Vana-Antsla_vallavalitsus, lk 26
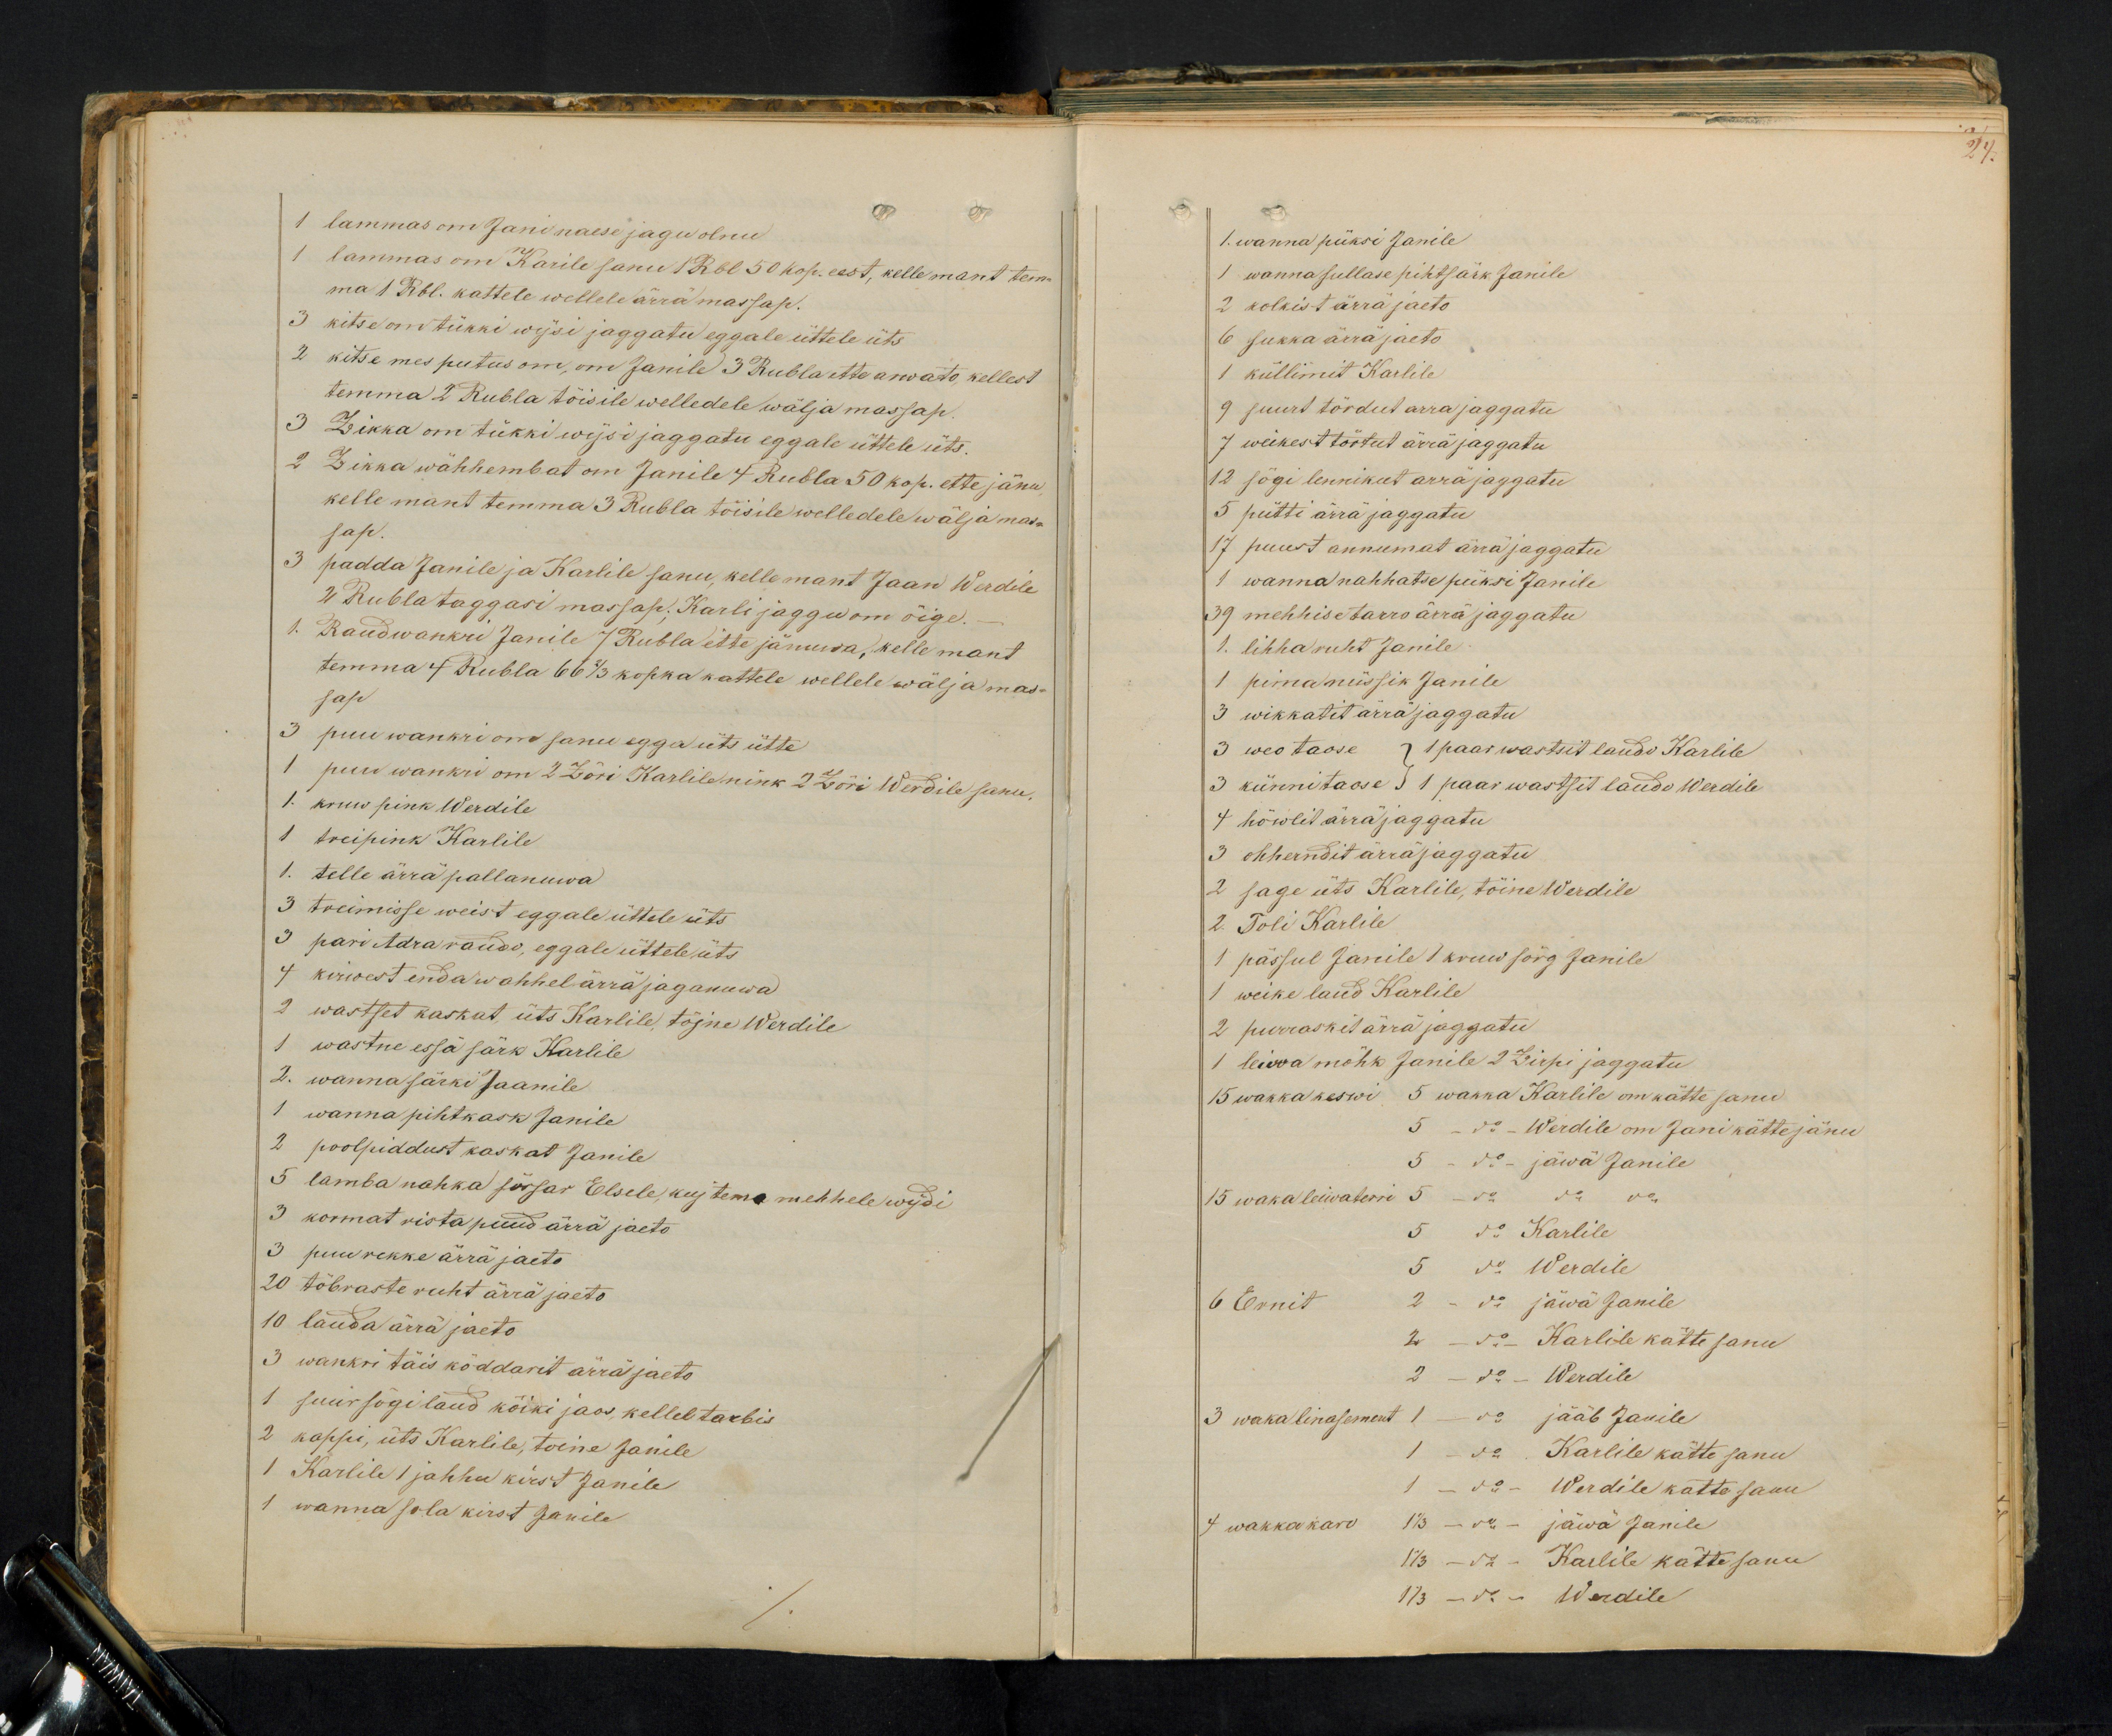
1 lammas on Jani naese jagu olnu
1 lammas on Karile sanu 1 Rbl 50 kop. eest, kelle mant tem-
ma 1 Rbl. kattele wellele ärra massap.
3 kitse on tükki wijsi jaggate eggale üttele üts
2 kitse mes putus om, on Janile 3 Rublastte arwato kellest
temma 2 Rubla tõisile welledele wälja massap.
3 Zikka om tükki wijsi jaggatu eggale üttele üts.
2 Zikka wähhembat on Janile 4 Rubla 50 kop. ette jänu
kelle mant temma 3 Rubla töisile welledele wälja mas-
sap.
3 padda Janile ja Karlile sanu, kelle mant Jaan Werdile
2 Rubla taggasi massap; Karli jaggu om õige.
Raudwankri Janile 7 Rubla ette jänuwa, kelle mant
temma 4 Rubla 66 2/3 kopka kattele wellele wälja mas-
sap
3 puu wankri om sanu egga üts ütte
1 puu wankri on 2 Zöri Karlile nink 2 Zöri Werdile sanu,
1. kruw pink Werdile
1 treipink Karlile
1. telle ärra pallanuwa
3 treimisse weist eggale üttele üts
3 pari Adra raudo, eggale üttele üts
4 kirwest enda wahhel ärrä jaganuwa
2 wastset kaskat, üts Karlile, tõjne Werdile
1 wastne essä särk Karlile
2. wanna särki Jaanile
1 wanna pihtkask Janile
2 poolpiddust kaskat Janile
3 kormat ristapuud ärra jaeto.
5 lamba nahka sõssar Elsele, kuj tema mehhele wijdi
3 puu rekke ärra jaeto
20 tõbraste ruht ärra jaeto.
10 lauda ärra jaeto
3 wankri täis köddarit ärra jaeto
1 suur sõgilaud kõiki jaos, kelleb tarbis
2 kappi, üts Karlile, toine Janile
1 Karlile 1 jahhu kirst Janile
1 wanna sola kirst Janile

24.
1. wanna püksi Janile
1 wanna sullase pihtsärk Janile
2 kolkist ärrä jaeto.
6 sukka ärrä jaeto
1 küllimit Karlile
9 suurt tõrdut arra jaggatu
7 weikest tõrtut ärrä jaggatu
12 sögi lennikut arrä jaggate
5 pütti ärrä jaggatu
17 puust annumat ärrä jaggatu
1 wanna nahhatse püksi Janile
39 mehhise tarro ärra jaggatu
1. lihha ruht Janile.
1 pimamüssik Janile
3 wikkatit ärrä jaggatu
3 weotaose 1 paar wastsit laudo Karlile
3 künnitaose 1 paar wastsit laudo Werdile
4 höwlit ärrä jaggatu
3 ohhendit ärra jaggatu.
2 sage üts Karlile, töine Werdile
2. Toli Karlile
1 pässul Janile 1 kruw sõrg Janile
1 weike laud Karlile
2 purraskit ärra jaggatu
1 leiwa mõhk Janile 2 Zirpi jaggatu
15 wakka keswi 5 wahka Karlile om kätte sanu
5 do Werdile om Jani kätte jänu
5 - do - jäwa Janile
15 waka leiwaterri 5 - do do do
5 do Karlile
5 do Werdile
6 Ernit 2 - do jäwä Janile
2 do - Karlile kätte sanu
2 - do - Werdile
3 waka linasement 1 - do jääb Janile
1 - do Karlile kätte sanu
1 - do - Werdile kätte saan
4 wakka karo 1 1/3 - do - jäwa Janile
1 1/3 - do - Karlile kätte sanu
1 1/3 - do - Werdile